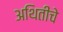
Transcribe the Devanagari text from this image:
अथितींचे